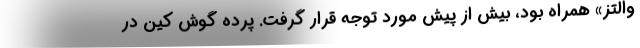
والتز» همراه بود، بیش از پیش مورد توجه قرار گرفت. پرده گوش کین در